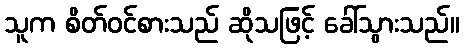
သူက စိတ်ဝင်စားသည် ဆိုသဖြင့် ခေါ်သွားသည်။